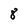
Character: 8